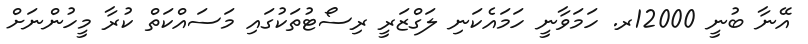
އޭނާ ބުނީ 12000ރ. ހަމަވާނީ ހަމައެކަނި ލަގްޒަރީ ރިސޯޓުތަކުގައި މަސައްކަތް ކުރާ މީހުންނަށް